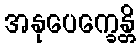
အနုပေက္ခေန္တိ